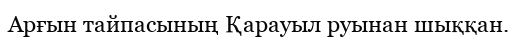
Арғын тайпасының Қарауыл руынан шыққан.